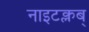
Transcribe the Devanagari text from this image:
नाइटक्लब्